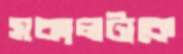
সকালটাকে